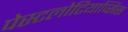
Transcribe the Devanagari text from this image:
पेस्टलोटियाप्सिस